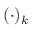
( \cdot ) _ { k }